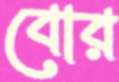
বোর